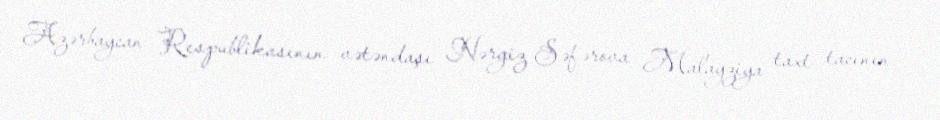
Azərbaycan Respublikasının vətəndaşı Nərgiz Səfərova Malayziya taxt tacının